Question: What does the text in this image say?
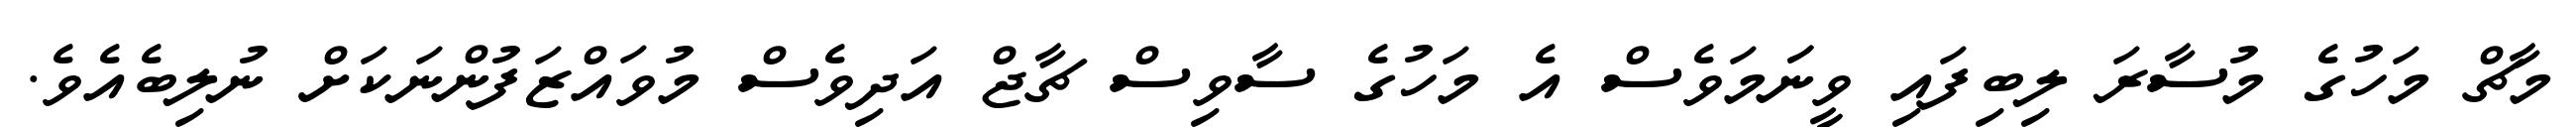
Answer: މާޗް މަހުގެ މުސާރަ ލިބިފައި ވީނަަމަވެސް އެ މަހުގެ ސާވިސް ޗާޖް އަދިވެސް މުވައްޒަފުންނަކަށް ނުލިބެއެވެ.